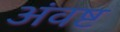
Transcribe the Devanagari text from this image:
अंवष्ट